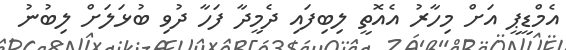
އެމްޑީޕީ އަށް މިހާރު އެއޮތީ ލިބިފައި ދެމީދާ ފަހާ ދުވި ބުޅަލަށް ލިބުނު